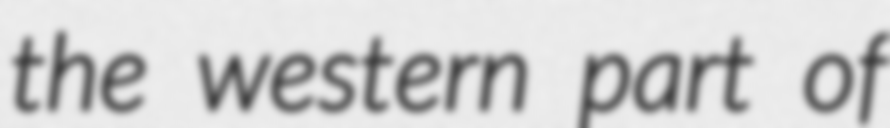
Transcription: the western part of